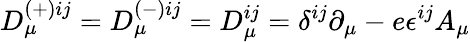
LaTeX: D_{\mu}^{(+)ij}=D_{\mu}^{(-)ij}=D_{\mu}^{ij}=\delta^{ij}\partial_{\mu}-e\epsilon^{ij}A_{\mu}